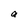
Character: a